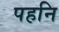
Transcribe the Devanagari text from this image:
पहनि